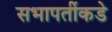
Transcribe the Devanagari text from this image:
सभापतींकडे